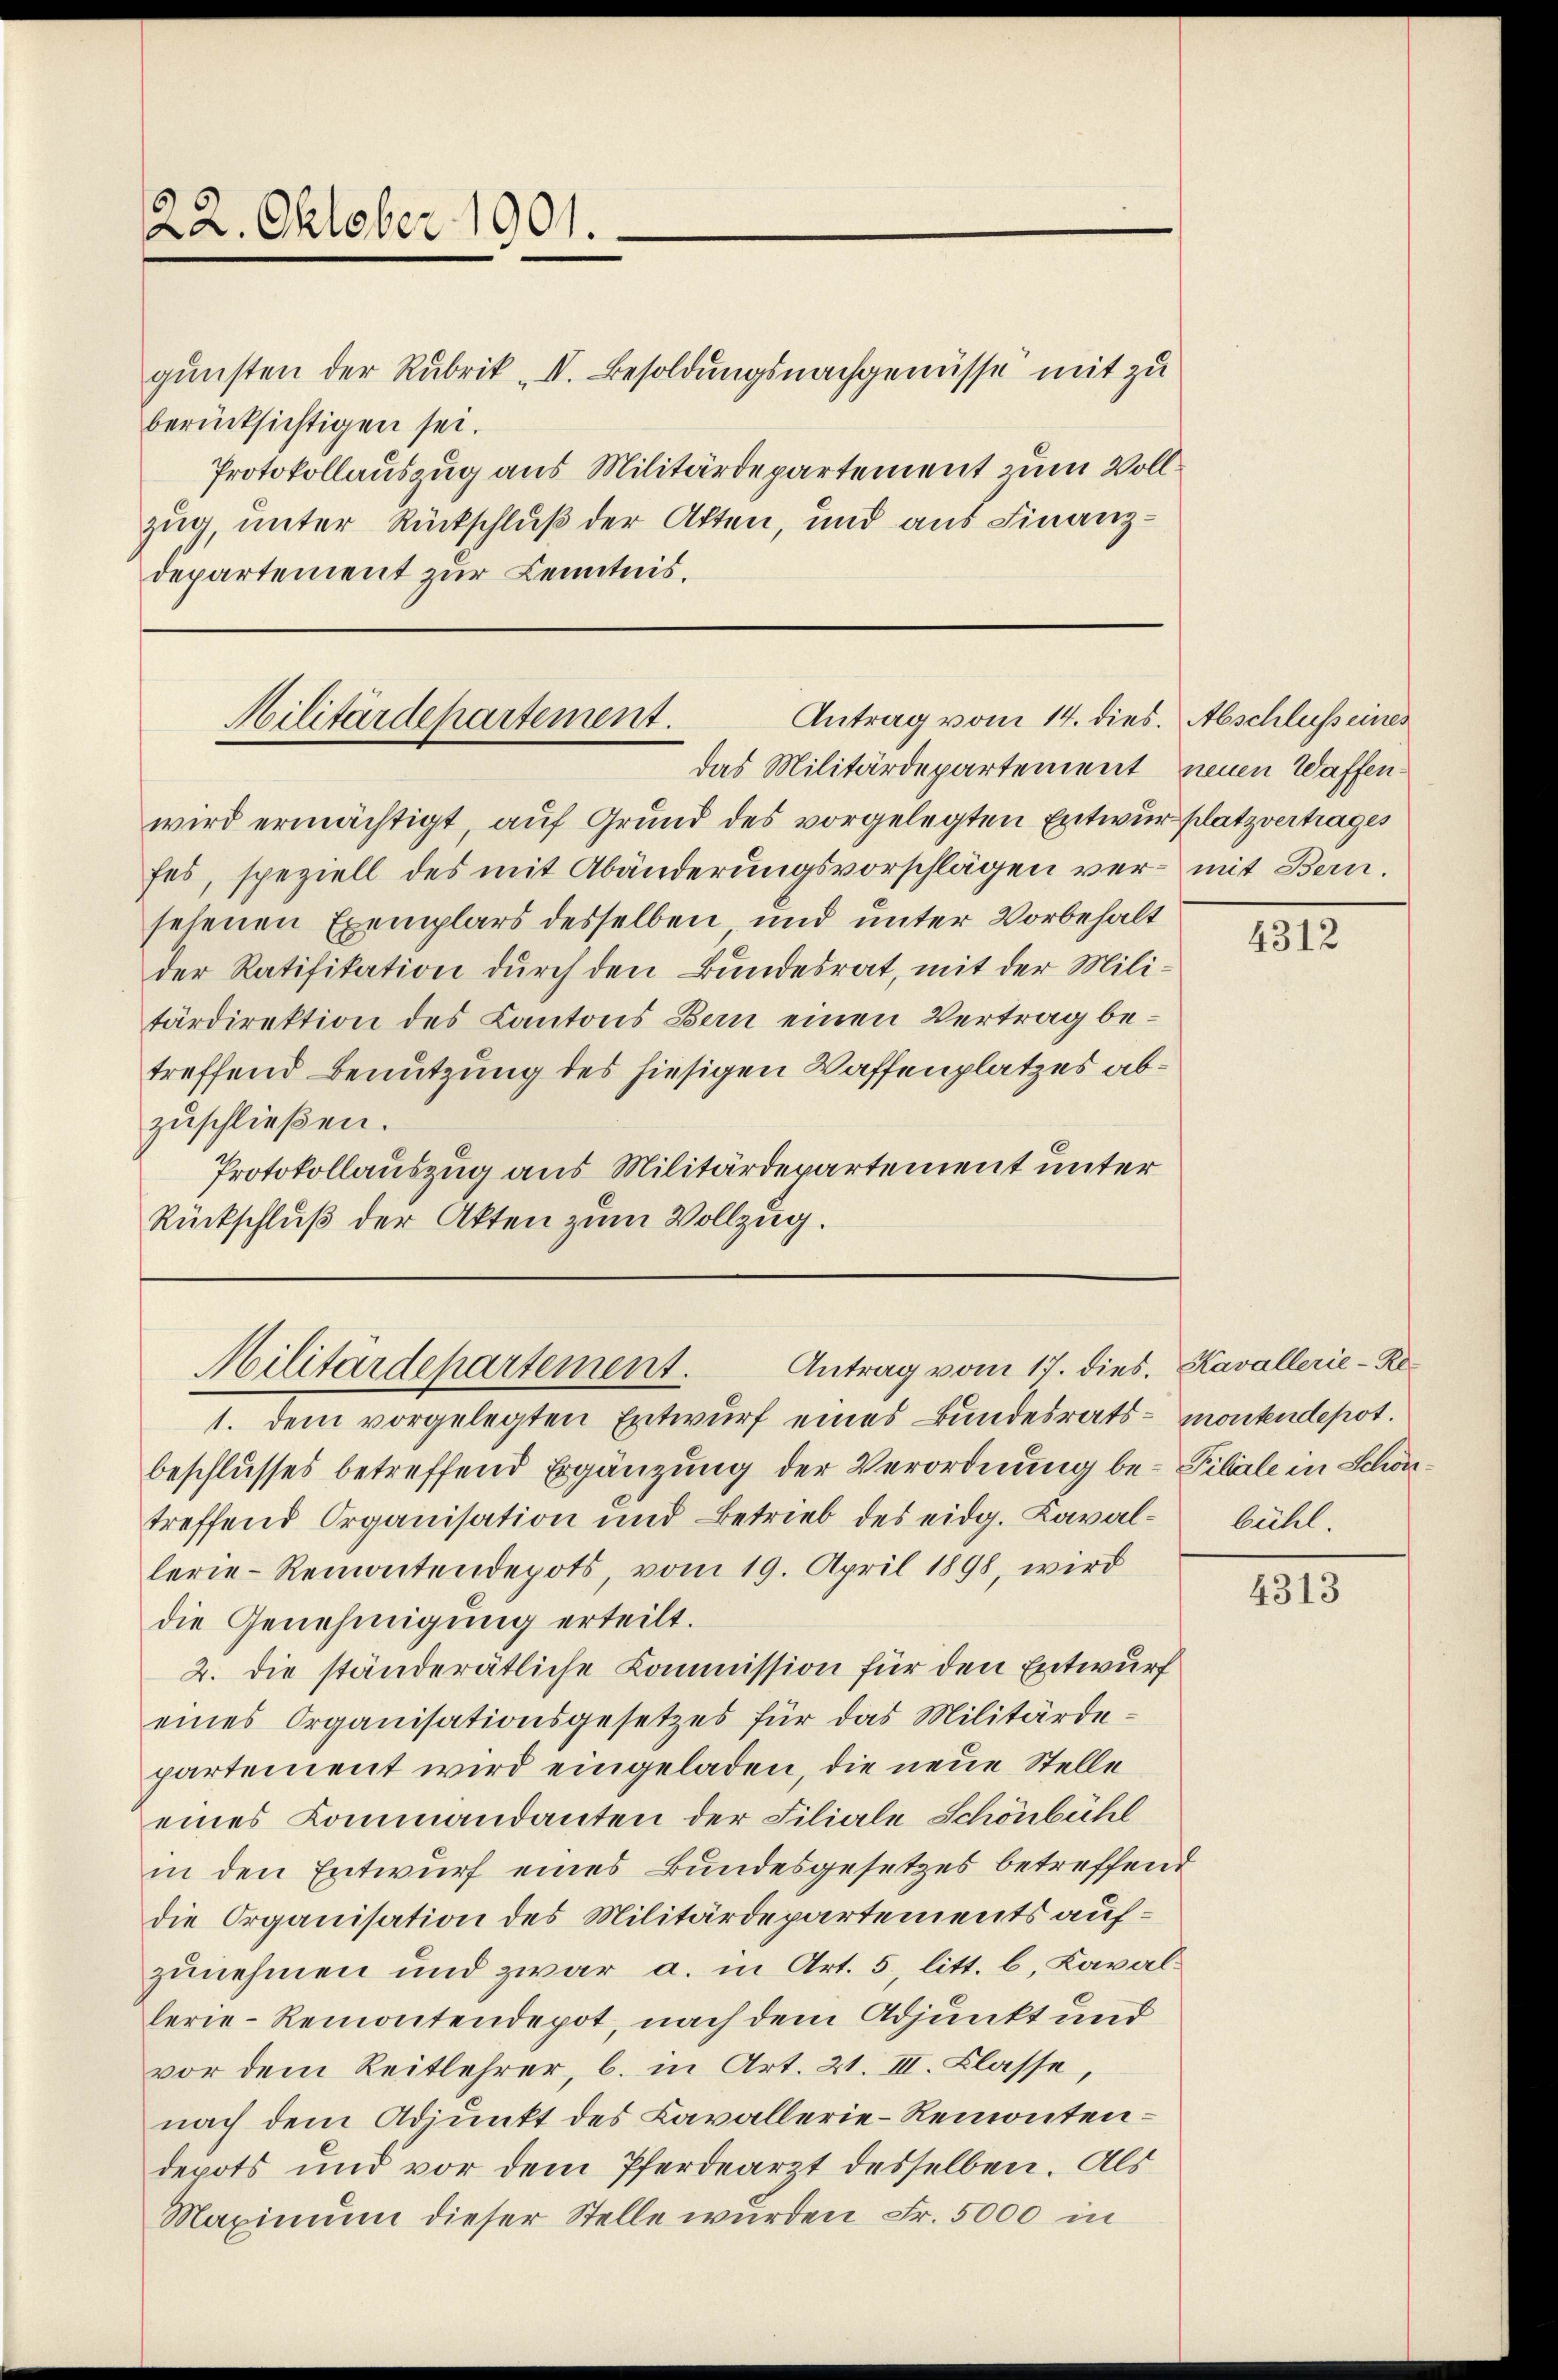
22. Oktober 1901.

Antrag vom 14. dies. Abschluss eines
Militärdepartement.
das Militärdepartement, neuen Waffen¬

gunsten der Rubrik „II. Besoldungsnachgenüsse mit zu
berücksichtigen sei.
Protokollauszug aus Militärdepartement zum Vollzug unter Rückschluß der Akten, und aus Finanzdepartement zur Kenntnis.

wird ermächtigt, auf Grund des vorgelegten Entwurplatzvertrages
fes, speziell des mit Abänderungsvorschlägen ver- mit Bern.
sehenen Exemplars desselben und unter Vorbehalt
der Ratifikation durch den Bundesrat, mit der Militärdirektion des Kantons Bern einen Vertrag betreffend Benutzung des hiesigen Waffenplatzes abzuschließen.
Protokollauszug aus Militärdepartement unter
Rückschluß der Akten zum Vollzug.

Militärdepartement. Antrag vom 17. dies. Kavallerie-Re¬

1. dem vorgelegten Entwurf eines Bundesrats- montendepot.
beschlusses betreffend Ergänzung der Verordnung be- Tibile in Schöntreffend Organisation und Betrieb des eidg. Kaval- bühl.
lerie-Remontendepots, vom 19. April 1898, wird
die Genehmigung erteilt.
2. die ständerätliche Kommission für den Entwurf
eines Organisationsgesetzes für das Militärde-
partement wird eingeladen, die neue Stelle
eines Commandanten der Filiale Schönbühl
in den Entwurf eines Bundesgesetzes betreffend
die Organisation des Militärdepartements aufzunehmen und zwar a. in Art. 5, litt. b. Kavallerie-Remontendepot, nach dem Adjunkt und
vor dem Reitlehrer, b. in Art. 21. III. Klasse,
nach dem Adjunkt des Cavallerie-Remonten –
depots und vor dem Pferdearzt desselben. Als
Maximum dieser Stelle wurden Fr. 5000 in

4312

4313